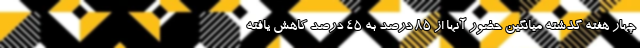
چهار هفته گذشته میانگین حضور آنها از ۸۵ درصد به ۴۵ درصد کاهش یافته